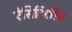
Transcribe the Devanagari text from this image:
ऐसिटिलीन